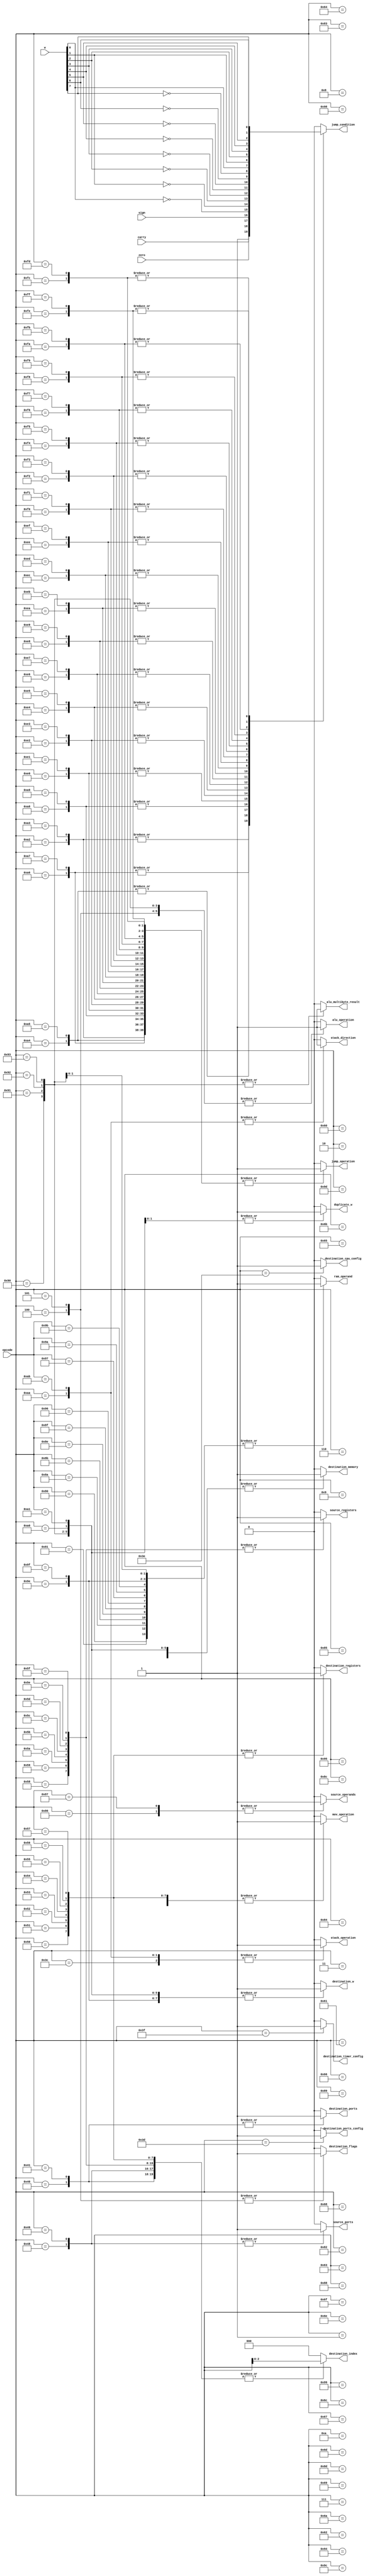
`default_nettype none

module ucode (
    input wire [7:0] opcode,
    input wire [7:0] w,
    input wire carry,
    input wire zero,
    input wire sign,
    output wire alu_operation,
    output wire alu_multibyte_result,
    output wire jump_operation,
    output wire jump_condition,
    output wire mov_operation,
    output wire destination_w,
    output wire destination_flags, // TODO: remove this unrequired signal
    output wire destination_memory,
    output wire destination_registers,
    output wire destination_ports,
    output wire [2:0] destination_index,
    output wire ram_operand,
    output wire duplicate_w,
    output wire source_ports,
    output wire source_registers,
    output wire stack_operation,
    output wire stack_direction, // 0 Pop, 1 Push
	output wire destination_cpu_config,
	output wire destination_timer_config,
	output wire destination_ports_config,
	output wire source_operands
);
	reg alu_op;
    reg alu_mb;
    reg jmp_op;
    reg jmp_condition;
    reg mov_op;
    reg dst_w;
    reg dst_f;
    reg dst_memory;
    reg dst_reg;
    reg dst_por;
    reg [2:0] dst_index;
    reg ram_op;
    reg dup_w;
    reg src_port;
    reg src_reg;
    reg stack_op;
    reg stack_dir;
	reg dst_cpu_cfg;
	reg dst_tmr_cfg;
	reg dst_ports_cfg;
	reg src_op;

    assign alu_operation = alu_op;
    assign alu_multibyte_result = alu_mb;
    assign jump_operation = jmp_op;
    assign jump_condition = jmp_condition;
    assign mov_operation = mov_op;
    assign destination_w = dst_w;
    assign destination_flags = dst_f;
    assign destination_memory = dst_memory;
    assign destination_registers = dst_reg;
    assign destination_ports = dst_por;
	assign destination_index = dst_index;
	assign ram_operand = ram_op;
	assign duplicate_w = dup_w;
    assign source_ports = src_port;
    assign source_registers = src_reg;
    assign stack_operation = stack_op;
    assign stack_direction = stack_dir;
	assign destination_cpu_config = dst_cpu_cfg;
	assign destination_timer_config = dst_tmr_cfg;
	assign destination_ports_config = dst_ports_cfg;
	assign source_operands = src_op;

	always @(*) begin
		alu_op = 0;
		alu_mb = 0;
		jmp_op = 0;
		jmp_condition = 0;
		mov_op = 0;
		dst_w = 0;
		dst_f = 0;
		dst_memory = 0;
		dst_reg = 0;
		dst_por = 0;
		dst_index = 0;
		ram_op = 0;
    	dup_w = 0;
    	src_port = 0;
    	src_reg = 0;
		stack_op = 0;
		stack_dir = 0;
		dst_cpu_cfg = 0;
		dst_tmr_cfg = 0;
		dst_ports_cfg = 0;
		src_op = 0;

		case (opcode)
			// Instructions without operands
			8'b0000_0000: begin // NOP does nothing
				alu_op = 0;
				alu_mb = 0;
				jmp_op = 0;
				jmp_condition = 0;
				mov_op = 0;
				dst_w = 0;
				dst_f = 0;
				dst_memory = 0;
				dst_reg = 0;
				dst_por = 0;
				dst_index = 0;
				ram_op = 0;
				dup_w = 0;
				src_port = 0;
				src_reg = 0;
				stack_op = 0;
				stack_dir = 0;
				dst_cpu_cfg = 0;
				dst_tmr_cfg = 0;
				src_op = 0;
			end
			8'b0000_0001: begin // Dec
				alu_op = 1;
				dst_w = 1;
			end
			8'b0000_0010: begin // Inc
				alu_op = 1;
				dst_w = 1;
			end
			8'b0000_0011: begin // Not
				alu_op = 1;
				dst_w = 1;
			end
			8'b0000_0100: begin // SetC
				alu_op = 1;
				dst_f = 1;
			end
			8'b0000_0101: begin // ClrC
				alu_op = 1;
				dst_f = 1;
			end
			8'b0000_0110: begin // RL
				alu_op = 1;
				dst_w = 1;
			end
			8'b0000_0111: begin // RR
				alu_op = 1;
				dst_w = 1;
			end
			8'b0000_1000: begin // RLC
				alu_op = 1;
				dst_w = 1;
			end
			8'b0000_1001: begin // RRC
				alu_op = 1;
				dst_w = 1;
			end
			8'b0000_1010: begin // Swap
				alu_op = 1;
				dst_w = 1;
			end
			// 8'b0000_1011: begin
			// end
			// 8'b0000_1100: begin
			// end
			// 8'b0000_1101: begin
			// end
			// 8'b0000_1110: begin
			// end
			// 8'b0000_1111: begin
			// end
			// 8'b0001_0000: begin
			// end
			// 8'b0001_0001: begin
			// end
			// 8'b0001_0010: begin
			// end
			// 8'b0001_0011: begin
			// end
			// 8'b0001_0100: begin
			// end
			// 8'b0001_0101: begin
			// end
			// 8'b0001_0110: begin
			// end
			// 8'b0001_0111: begin
			// end
			// 8'b0001_1000: begin
			// end
			// 8'b0001_1001: begin
			// end
			// 8'b0001_1010: begin
			// end
			// 8'b0001_1011: begin
			// end
			// 8'b0001_1100: begin
			// end
			// 8'b0001_1101: begin
			// end
			// 8'b0001_1110: begin
			// end
			// 8'b0001_1111: begin
			// end
			// 8'b0010_0000: begin
			// end
			// 8'b0010_0001: begin
			// end
			// 8'b0010_0010: begin
			// end
			// 8'b0010_0011: begin
			// end
			// 8'b0010_0100: begin
			// end
			// 8'b0010_0101: begin
			// end
			// 8'b0010_0110: begin
			// end
			// 8'b0010_0111: begin
			// end
			// 8'b0010_1000: begin
			// end
			// 8'b0010_1001: begin
			// end
			// 8'b0010_1010: begin
			// end
			// 8'b0010_1011: begin
			// end
			// 8'b0010_1100: begin
			// end
			// 8'b0010_1101: begin
			// end
			// 8'b0010_1110: begin
			// end
			// 8'b0010_1111: begin
			// end
			// 8'b0011_0000: begin
			// end
			// 8'b0011_0001: begin
			// end
			// 8'b0011_0010: begin
			// end
			// 8'b0011_0011: begin
			// end
			// 8'b0011_0100: begin
			// end
			// 8'b0011_0101: begin
			// end
			// 8'b0011_0110: begin
			// end
			// 8'b0011_0111: begin
			// end
			// 8'b0011_1000: begin
			// end
			// 8'b0011_1001: begin
			// end
			// 8'b0011_1010: begin
			// end
			// 8'b0011_1011: begin
			// end

			8'b0011_1100: begin // Ret
				stack_op = 1;
				stack_dir = 0;
			end
			8'b0011_1101: begin // PortsCfg
				mov_op = 1;
				dst_ports_cfg = 1;
			end
			8'b0011_1110: begin // CpuCfg
				mov_op = 1;
				dst_cpu_cfg = 1;
			end
			8'b0011_1111: begin // TmrCfg
				mov_op = 1;
				dst_tmr_cfg = 1;
			end

			8'b0100_0000: begin // MovWP0
				mov_op = 1;
				dst_por = 1;
				dst_index = opcode[2:0];
			end
			8'b0100_0001: begin // MovWP1
				mov_op = 1;
				dst_por = 1;
				dst_index = opcode[2:0];
			end
			// 8'b0100_0010: begin
			// end
			// 8'b0100_0011: begin
			// end
			// 8'b0100_0100: begin
			// end
			// 8'b0100_0101: begin
			// end
			// 8'b0100_0110: begin
			// end
			// 8'b0100_0111: begin
			// end

			8'b0100_1000: begin // MovP0W
				mov_op = 1;
				dst_w = 1;
				src_port = 1;
				dst_index = opcode[2:0];
			end
			8'b0100_1001: begin // MovP1W
				mov_op = 1;
				dst_w = 1;
				src_port = 1;
				dst_index = opcode[2:0];
			end
			// 8'b0100_1010: begin
			// end
			// 8'b0100_1011: begin
			// end
			// 8'b0100_1100: begin
			// end
			// 8'b0100_1101: begin
			// end
			// 8'b0100_1110: begin
			// end
			// 8'b0100_1111: begin
			// end

			8'b0101_0000: begin // MovWR0
				mov_op = 1;
				dst_reg = 1;
				dst_index = opcode[2:0];
			end
			8'b0101_0001: begin // MovWR1
				mov_op = 1;
				dst_reg = 1;
				dst_index = opcode[2:0];
			end
			8'b0101_0010: begin // MovWR2
				mov_op = 1;
				dst_reg = 1;
				dst_index = opcode[2:0];
			end
			8'b0101_0011: begin // MovWR3
				mov_op = 1;
				dst_reg = 1;
				dst_index = opcode[2:0];
			end
			8'b0101_0100: begin // MovWR4
				mov_op = 1;
				dst_reg = 1;
				dst_index = opcode[2:0];
			end
			8'b0101_0101: begin // MovWR5
				mov_op = 1;
				dst_reg = 1;
				dst_index = opcode[2:0];
			end
			8'b0101_0110: begin // MovWR6
				mov_op = 1;
				dst_reg = 1;
				dst_index = opcode[2:0];
			end
			8'b0101_0111: begin // MovWR7
				mov_op = 1;
				dst_reg = 1;
				dst_index = opcode[2:0];
			end

			8'b0101_1000: begin // MovR0W
				mov_op = 1;
				dst_w = 1;
				src_reg = 1;
				dst_index = opcode[2:0];
			end
			8'b0101_1001: begin // MovR0W
				mov_op = 1;
				dst_w = 1;
				src_reg = 1;
				dst_index = opcode[2:0];
			end
			8'b0101_1010: begin // MovR0W
				mov_op = 1;
				dst_w = 1;
				src_reg = 1;
				dst_index = opcode[2:0];
			end
			8'b0101_1011: begin // MovR0W
				mov_op = 1;
				dst_w = 1;
				src_reg = 1;
				dst_index = opcode[2:0];
			end
			8'b0101_1100: begin // MovR0W
				mov_op = 1;
				dst_w = 1;
				src_reg = 1;
				dst_index = opcode[2:0];
			end
			8'b0101_1101: begin // MovR0W
				mov_op = 1;
				dst_w = 1;
				src_reg = 1;
				dst_index = opcode[2:0];
			end
			8'b0101_1110: begin // MovR0W
				mov_op = 1;
				dst_w = 1;
				src_reg = 1;
				dst_index = opcode[2:0];
			end
			8'b0101_1111: begin // MovR0W
				mov_op = 1;
				dst_w = 1;
				src_reg = 1;
				dst_index = opcode[2:0];
			end

			8'b0110_0000: begin // SetbW 0
				alu_op = 1;
				dst_w = 1;
			end
			8'b0110_0001: begin // SetbW 1
				alu_op = 1;
				dst_w = 1;
			end
			8'b0110_0010: begin // SetbW 2
				alu_op = 1;
				dst_w = 1;
			end
			8'b0110_0011: begin // SetbW 3
				alu_op = 1;
				dst_w = 1;
			end
			8'b0110_0100: begin // SetbW 4
				alu_op = 1;
				dst_w = 1;
			end
			8'b0110_0101: begin // SetbW 5
				alu_op = 1;
				dst_w = 1;
			end
			8'b0110_0110: begin // SetbW 6
				alu_op = 1;
				dst_w = 1;
			end
			8'b0110_0111: begin // SetbW 7
				alu_op = 1;
				dst_w = 1;
			end

			8'b0110_1000: begin // ClrbW 0
				alu_op = 1;
				dst_w = 1;
			end
			8'b0110_1001: begin // ClrbW 1
				alu_op = 1;
				dst_w = 1;
			end
			8'b0110_1010: begin // ClrbW 2
				alu_op = 1;
				dst_w = 1;
			end
			8'b0110_1011: begin // ClrbW 3
				alu_op = 1;
				dst_w = 1;
			end
			8'b0110_1100: begin // ClrbW 4
				alu_op = 1;
				dst_w = 1;
			end
			8'b0110_1101: begin // ClrbW 5
				alu_op = 1;
				dst_w = 1;
			end
			8'b0110_1110: begin // ClrbW 6
				alu_op = 1;
				dst_w = 1;
			end
			8'b0110_1111: begin // ClrbW 7
				alu_op = 1;
				dst_w = 1;
			end

			// 8'b0111_0000: begin
			// end
			// 8'b0111_0001: begin
			// end
			// 8'b0111_0010: begin
			// end
			// 8'b0111_0011: begin
			// end
			// 8'b0111_0100: begin
			// end
			// 8'b0111_0101: begin
			// end
			// 8'b0111_0110: begin
			// end
			// 8'b0111_0111: begin
			// end
			// 8'b0111_1000: begin
			// end
			// 8'b0111_1001: begin
			// end
			// 8'b0111_1010: begin
			// end
			// 8'b0111_1011: begin
			// end
			// 8'b0111_1100: begin
			// end
			// 8'b0111_1101: begin
			// end
			// 8'b0111_1110: begin
			// end
			// 8'b0111_1111: begin
			// end

			// Instructions with operands
			8'b1000_0000: begin // MovMW
				mov_op = 1;
				dst_w = 1;
				ram_op = 1;
			end
			8'b1000_0001: begin // MovMW
				mov_op = 1;
				dst_w = 1;
				ram_op = 1;
			end
			8'b1000_0010: begin // MovWM
				mov_op = 1;
				dst_memory = 1;
			end
			8'b1000_0011: begin // MovWM
				mov_op = 1;
				dst_memory = 1;
			end
			8'b1000_0100: begin // MovLW
				mov_op = 1;
				dst_w = 1;
			end
			8'b1000_0101: begin // MovLW
				mov_op = 1;
				dst_w = 1;
			end
			8'b1000_0110: begin // MovLM
				mov_op = 1;
				src_op = 1;
				dst_memory = 1;
			end
			8'b1000_0111: begin // MovLM
				mov_op = 1;
				src_op = 1;
				dst_memory = 1;
			end
			8'b1000_1000: begin // AddLW
				alu_op = 1;
				dst_w = 1;
			end
			8'b1000_1001: begin // AddLW
				alu_op = 1;
				dst_w = 1;
			end
			8'b1000_1010: begin // AddMW
				alu_op = 1;
				dst_w = 1;
				ram_op = 1;
			end
			8'b1000_1011: begin // AddMW
				alu_op = 1;
				dst_w = 1;
				ram_op = 1;
			end
			8'b1000_1100: begin // SubLW
				alu_op = 1;
				dst_w = 1;
			end
			8'b1000_1101: begin // SubLW
				alu_op = 1;
				dst_w = 1;
			end
			8'b1000_1110: begin // SubMW
				alu_op = 1;
				dst_w = 1;
				ram_op = 1;
			end
			8'b1000_1111: begin // SubMW
				alu_op = 1;
				dst_w = 1;
				ram_op = 1;
			end
			8'b1001_0000: begin // MulLW
				alu_op = 1;
				dst_w = 1;
				alu_mb = 1;
				dst_memory = 1;
			end
			8'b1001_0001: begin // MulLW
				alu_op = 1;
				dst_w = 1;
				alu_mb = 1;
				dst_memory = 1;
			end
			8'b1001_0010: begin // MulMW
				alu_op = 1;
				dst_w = 1;
				alu_mb = 1;
				dst_memory = 1;
				ram_op = 1;
			end
			8'b1001_0011: begin // MulMW
				alu_op = 1;
				dst_w = 1;
				alu_mb = 1;
				dst_memory = 1;
				ram_op = 1;
			end
			8'b1001_0100: begin // AndLW
				alu_op = 1;
				dst_w = 1;
			end
			8'b1001_0101: begin // AndLW
				alu_op = 1;
				dst_w = 1;
			end
			8'b1001_0110: begin // AndMW
				alu_op = 1;
				dst_w = 1;
				ram_op = 1;
			end
			8'b1001_0111: begin // AndMW
				alu_op = 1;
				dst_w = 1;
				ram_op = 1;
			end
			8'b1001_1000: begin // OrLW
				alu_op = 1;
				dst_w = 1;			
			end
			8'b1001_1001: begin // OrLW
				alu_op = 1;
				dst_w = 1;
			end
			8'b1001_1010: begin // OrMW
				alu_op = 1;
				dst_w = 1;
				ram_op = 1;
			end
			8'b1001_1011: begin // OrMW
				alu_op = 1;
				dst_w = 1;
				ram_op = 1;
			end
			8'b1001_1100: begin // XorLW
				alu_op = 1;
				dst_w = 1;
			end
			8'b1001_1101: begin // XorLW
				alu_op = 1;
				dst_w = 1;
			end
			8'b1001_1110: begin // XorMW
				alu_op = 1;
				dst_w = 1;
				ram_op = 1;
			end
			8'b1001_1111: begin // XorMW
				alu_op = 1;
				dst_w = 1;
				ram_op = 1;
			end
			8'b1010_0000: begin // XchWM
				mov_op = 1;
				dst_w = 1;
				dst_memory = 1;
				dup_w = 1;
			end
			8'b1010_0001: begin // XchWM
				mov_op = 1;
				dst_w = 1;
				dst_memory = 1;
				dup_w = 1;
			end
			8'b1010_0010: begin // Jmp
				jmp_op = 1;
				jmp_condition = 1;
			end
			8'b1010_0011: begin // Jmp
				jmp_op = 1;
				jmp_condition = 1;
			end
			8'b1010_0100: begin // JmpC
				jmp_op = 1;
				jmp_condition = carry;
			end
			8'b1010_0101: begin // JmpC
				jmp_op = 1;
				jmp_condition = carry;
			end
			8'b1010_0110: begin // JmpZ
				jmp_op = 1;
				jmp_condition = zero;
			end
			8'b1010_0111: begin // JmpZ
				jmp_op = 1;
				jmp_condition = zero;
			end
			8'b1010_1000: begin // JmpS
				jmp_op = 1;
				jmp_condition = sign;
			end
			8'b1010_1001: begin // JmpS
				jmp_op = 1;
				jmp_condition = sign;
			end
			8'b1010_1010: begin // Call
				stack_op = 1;
				stack_dir = 1;
			end
			8'b1010_1011: begin // Call
				stack_op = 1;
				stack_dir = 1;
			end

			// 8'b1010_1100: begin
			// end
			// 8'b1010_1101: begin
			// end
			// 8'b1010_1110: begin
			// end
			// 8'b1010_1111: begin
			// end
			// 8'b1011_0000: begin
			// end
			// 8'b1011_0001: begin
			// end
			// 8'b1011_0010: begin
			// end
			// 8'b1011_0011: begin
			// end
			// 8'b1011_0100: begin
			// end
			// 8'b1011_0101: begin
			// end
			// 8'b1011_0110: begin
			// end
			// 8'b1011_0111: begin
			// end
			// 8'b1011_1000: begin
			// end
			// 8'b1011_1001: begin
			// end
			// 8'b1011_1010: begin
			// end
			// 8'b1011_1011: begin
			// end
			// 8'b1011_1100: begin
			// end
			// 8'b1011_1101: begin
			// end
			// 8'b1011_1110: begin
			// end
			// 8'b1011_1111: begin
			// end
			// 8'b1100_0000: begin
			// end
			// 8'b1100_0001: begin
			// end
			// 8'b1100_0010: begin
			// end
			// 8'b1100_0011: begin
			// end
			// 8'b1100_0100: begin
			// end
			// 8'b1100_0101: begin
			// end
			// 8'b1100_0110: begin
			// end
			// 8'b1100_0111: begin
			// end
			// 8'b1100_1000: begin
			// end
			// 8'b1100_1001: begin
			// end
			// 8'b1100_1010: begin
			// end
			// 8'b1100_1011: begin
			// end
			// 8'b1100_1100: begin
			// end
			// 8'b1100_1101: begin
			// end
			// 8'b1100_1110: begin
			// end
			// 8'b1100_1111: begin
			// end
			// 8'b1101_0000: begin
			// end
			// 8'b1101_0001: begin
			// end
			// 8'b1101_0010: begin
			// end
			// 8'b1101_0011: begin
			// end
			// 8'b1101_0100: begin
			// end
			// 8'b1101_0101: begin
			// end
			// 8'b1101_0110: begin
			// end
			// 8'b1101_0111: begin
			// end
			// 8'b1101_1000: begin
			// end
			// 8'b1101_1001: begin
			// end
			// 8'b1101_1010: begin
			// end
			// 8'b1101_1011: begin
			// end
			// 8'b1101_1100: begin
			// end
			// 8'b1101_1101: begin
			// end
			// 8'b1101_1110: begin
			// end
			// 8'b1101_1111: begin
			// end

			8'b1110_0000: begin // Tbjc 0
			 	jmp_op = 1;
				jmp_condition = !w[0];
			end
			8'b1110_0001: begin // Tbjc 0
				jmp_op = 1;
				jmp_condition = !w[0];
			end
			8'b1110_0010: begin // Tbjc 1
				jmp_op = 1;
				jmp_condition = !w[1];
			end
			8'b1110_0011: begin // Tbjc 1
				jmp_op = 1;
				jmp_condition = !w[1];
			end
			8'b1110_0100: begin // Tbjc 2
				jmp_op = 1;
				jmp_condition = !w[2];
			end
			8'b1110_0101: begin // Tbjc 2
				jmp_op = 1;
				jmp_condition = !w[2];
			end
			8'b1110_0110: begin // Tbjc 3
				jmp_op = 1;
				jmp_condition = !w[3];
			end
			8'b1110_0111: begin // Tbjc 3
				jmp_op = 1;
				jmp_condition = !w[3];
			end
			8'b1110_1000: begin // Tbjc 4
				jmp_op = 1;
				jmp_condition = !w[4];
			end
			8'b1110_1001: begin // Tbjc 4
				jmp_op = 1;
				jmp_condition = !w[4];
			end
			8'b1110_1010: begin // Tbjc 5
				jmp_op = 1;
				jmp_condition = !w[5];
			end
			8'b1110_1011: begin // Tbjc 5
				jmp_op = 1;
				jmp_condition = !w[5];
			end
			8'b1110_1100: begin // Tbjc 6
				jmp_op = 1;
				jmp_condition = !w[6];
			end
			8'b1110_1101: begin // Tbjc 6
				jmp_op = 1;
				jmp_condition = !w[6];
			end
			8'b1110_1110: begin // Tbjc 7
				jmp_op = 1;
				jmp_condition = !w[7];
			end
			8'b1110_1111: begin // Tbjc 7
				jmp_op = 1;
				jmp_condition = !w[7];
			end
			
			8'b1111_0000: begin // Tbjs 0
				jmp_op = 1;
				jmp_condition = w[0];
			end
			8'b1111_0001: begin // Tbjs 0
				jmp_op = 1;
				jmp_condition = w[0];
			end
			8'b1111_0010: begin // Tbjs 1
				jmp_op = 1;
				jmp_condition = w[1];
			end
			8'b1111_0011: begin // Tbjs 1
				jmp_op = 1;
				jmp_condition = w[1];
			end
			8'b1111_0100: begin // Tbjs 2
				jmp_op = 1;
				jmp_condition = w[2];
			end
			8'b1111_0101: begin // Tbjs 2
				jmp_op = 1;
				jmp_condition = w[2];
			end
			8'b1111_0110: begin // Tbjs 3
				jmp_op = 1;
				jmp_condition = w[3];
			end
			8'b1111_0111: begin // Tbjs 3
				jmp_op = 1;
				jmp_condition = w[3];
			end
			8'b1111_1000: begin // Tbjs 4
				jmp_op = 1;
				jmp_condition = w[4];
			end
			8'b1111_1001: begin // Tbjs 4
				jmp_op = 1;
				jmp_condition = w[4];
			end
			8'b1111_1010: begin // Tbjs 5
				jmp_op = 1;
				jmp_condition = w[5];
			end
			8'b1111_1011: begin // Tbjs 5
				jmp_op = 1;
				jmp_condition = w[5];
			end
			8'b1111_1100: begin // Tbjs 6
				jmp_op = 1;
				jmp_condition = w[6];
			end
			8'b1111_1101: begin // Tbjs 6
				jmp_op = 1;
				jmp_condition = w[6];
			end
			8'b1111_1110: begin // Tbjs 7
				jmp_op = 1;
				jmp_condition = w[7];
			end
			8'b1111_1111: begin // Tbjs 7
				jmp_op = 1;
				jmp_condition = w[7];
			end
			default: begin
				alu_op = 0;
				alu_mb = 0;
				jmp_op = 0;
				jmp_condition = 0;
				mov_op = 0;
				dst_w = 0;
				dst_f = 0;
				dst_memory = 0;
				dst_reg = 0;
				dst_por = 0;
				dst_index = 0;
				ram_op = 0;
				dup_w = 0;
				src_port = 0;
				src_reg = 0;
				stack_op = 0;
				stack_dir = 0;
				dst_cpu_cfg = 0;
				dst_tmr_cfg = 0;
				src_op = 0;
			end
		endcase
	end

endmodule